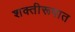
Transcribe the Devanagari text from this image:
शक्तीरूपात